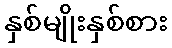
နှစ်မျိုးနှစ်စား